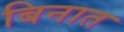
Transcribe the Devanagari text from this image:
बिनात